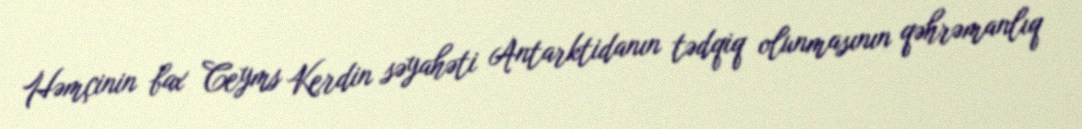
Həmçinin bax Ceyms Kerdin səyahəti Antarktidanın tədqiq olunmasının qəhrəmanlıq